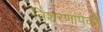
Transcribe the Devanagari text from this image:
त्रिशरणांपैकी